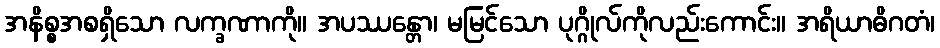
အနိစ္စအစရှိသော လက္ခဏာကို။ အပဿန္တော၊ မမြင်သော ပုဂ္ဂိုလ်ကိုလည်းကောင်း။ အရိယာဓိဂတံ၊